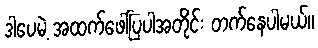
ဒါပေမဲ့ အထက်ဖေါ်ပြပါအတိုင်း တက်နေပါမယ်။